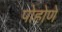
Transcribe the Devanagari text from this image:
पोहोणे